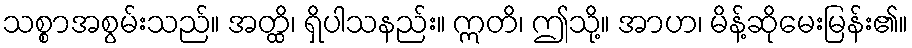
သစ္စာအစွမ်းသည်။ အတ္ထိ၊ ရှိပါသနည်း။ ဣတိ၊ ဤသို့။ အာဟ၊ မိန့်ဆိုမေးမြန်း၏။